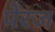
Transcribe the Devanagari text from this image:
पेरज